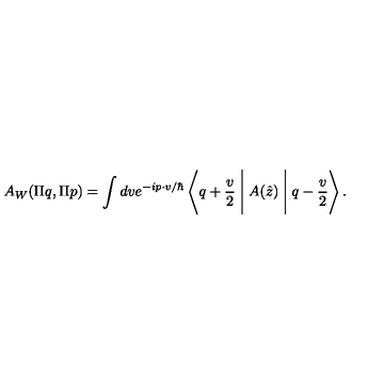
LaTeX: A _ { W } ( \Pi q , \Pi p ) = \int d v e ^ { - i p \cdot v / \hbar } \left\langle q + \frac { v } { 2 } \Biggm | A ( \hat { z } ) \Biggm | q - \frac { v } { 2 } \right\rangle .